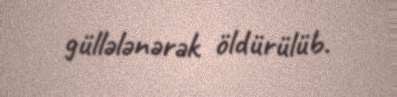
güllələnərək öldürülüb.